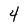
Character: 4